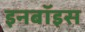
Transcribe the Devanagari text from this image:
इनबॉइस